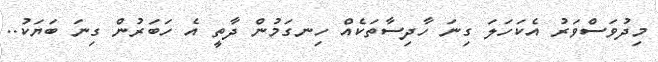
މިދުވަސްވަރު އެކަހަލަ ގިނަ ހާދިސާތަކެއް ހިނގަމުން ދާތީ އެ ހަބަރުން ގިނަ ބަޔަކު..